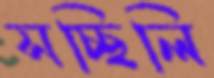
সচ্ছিলি